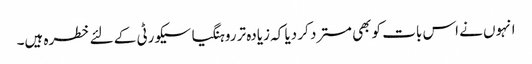
انہوں نے اس بات کو بھی مسترد کر دیا کہ زیادہ تر روہنگیا سیکورٹی کے لئے خطرہ ہیں۔